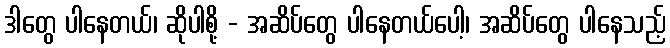
ဒါတွေ ပါနေတယ်၊ ဆိုပါစို့ - အဆိပ်တွေ ပါနေတယ်ပေါ့၊ အဆိပ်တွေ ပါနေသည့်